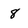
Character: 8